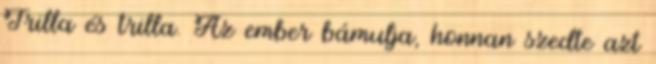
Trilla és trilla. Az ember bámulja, honnan szedte azt